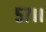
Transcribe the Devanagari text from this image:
५७।।